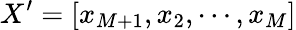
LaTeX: X^{\prime}=[x_{M+1},x_{2},\cdots,x_{M}]